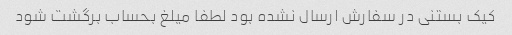
کیک بستنی در سفارش ارسال نشده بود لطفا میلغ بحساب برگشت شود